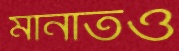
মানাতও